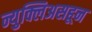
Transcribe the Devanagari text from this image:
न्युक्लिअसहून